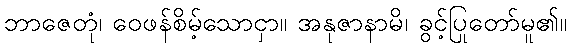
ဘာဇေတုံ၊ ဝေဖန်စိမ့်သောငှာ။ အနုဇာနာမိ၊ ခွင့်ပြုတော်မူ၏။